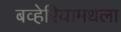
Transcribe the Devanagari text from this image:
बव्हेरियामधला